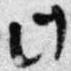
此